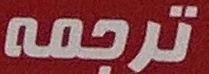
ترجمه